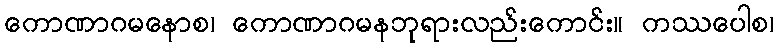
ကောဏာဂမနောစ၊ ကောဏာဂမနဘုရားလည်းကောင်း။ ကဿပေါစ၊